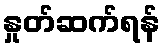
နှုတ်ဆက်ရန်